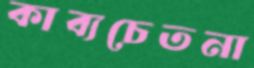
কাব্যচেতনা